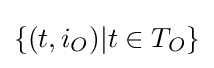
\{(t,i_{O})|t\in T_{O}\}